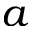
a